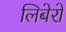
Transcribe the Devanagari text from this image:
लिबेरो